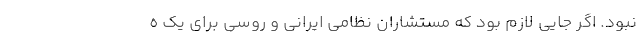
نبود. اگر جایی لازم بود که مستشاران نظامی ایرانی و روسی برای یک ه